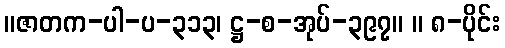
။ဇာတက-ပါ-ပ-၃၁၃၊ ဋ္ဌ-စ-အုပ်-၃၉၇။ ။ ၈-ပိုင်း